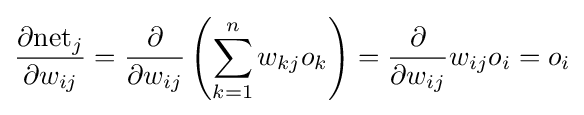
{\frac {\partial {\text{net}}_{j}}{\partial w_{ij}}}={\frac {\partial }{\partial w_{ij}}}\left(\sum _{k=1}^{n}w_{kj}o_{k}\right)={\frac {\partial }{\partial w_{ij}}}w_{ij}o_{i}=o_{i}